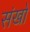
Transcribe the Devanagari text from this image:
संखो